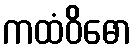
ကထံဝိဓော